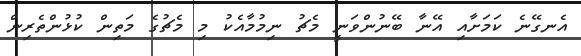
އެނގޭނެ ކަމަށާއި އޭނާ ބޭނުންވަނީ މެޗު ނިމުމާއެކު މި މެޗުގެ މަތިން ކުޅުންތެރިން